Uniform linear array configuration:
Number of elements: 8
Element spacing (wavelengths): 1
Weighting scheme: hann
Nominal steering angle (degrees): -45
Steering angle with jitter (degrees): -44.556
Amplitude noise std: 0.05
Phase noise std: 0.05

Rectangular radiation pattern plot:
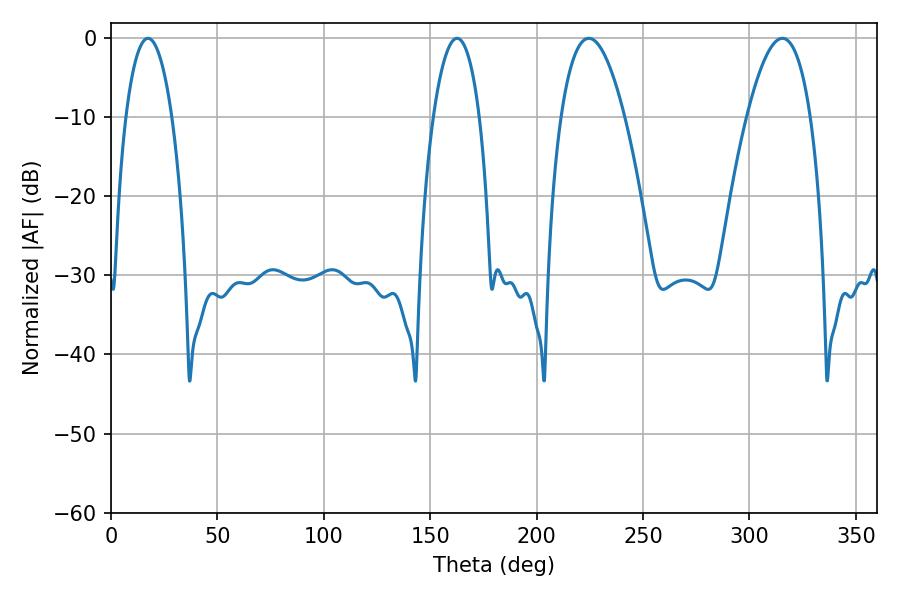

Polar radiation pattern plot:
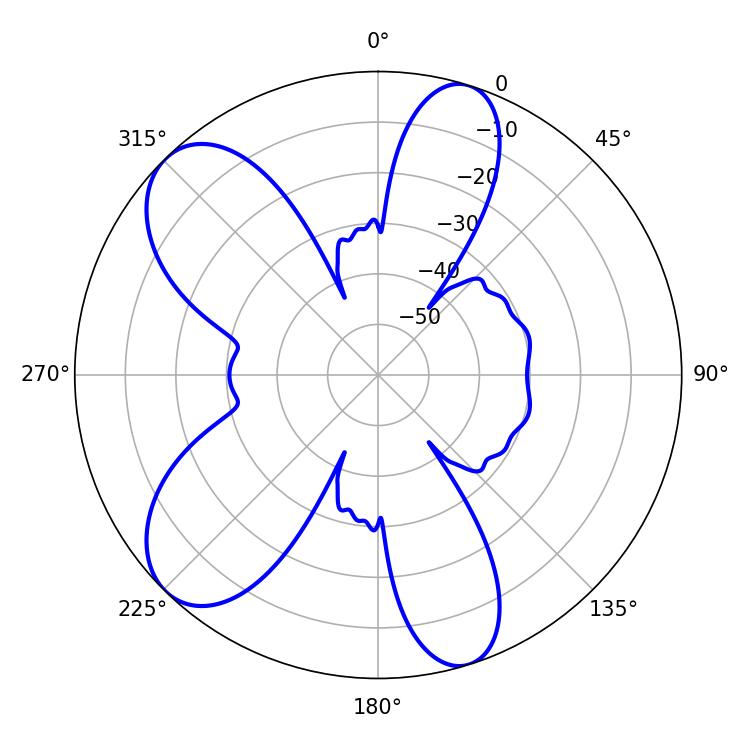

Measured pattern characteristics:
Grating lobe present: TRUE
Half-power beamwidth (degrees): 16.38
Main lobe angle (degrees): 224.46